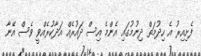
ފެށިއިރު އެ ހިދުމަތް ދިނުމުގައި އެންމެ އިސް ދައުރެއް އަދާކުރެއްވީ ވެސް އޭނާ